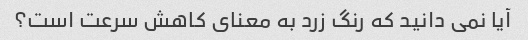
آیا نمی دانید که رنگ زرد به معنای کاهش سرعت است؟